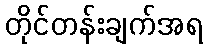
တိုင်တန်းချက်အရ